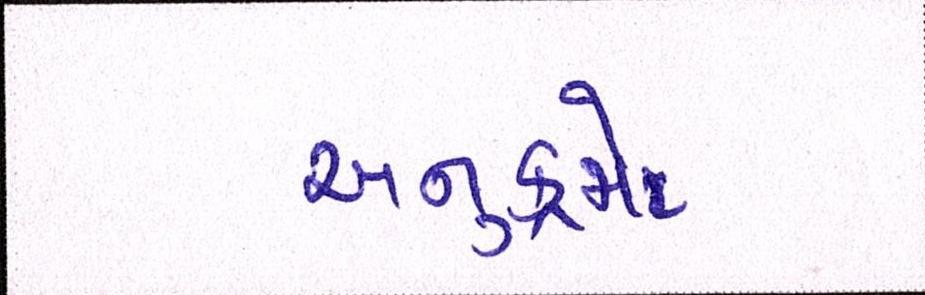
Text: અનુક્રમે